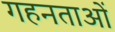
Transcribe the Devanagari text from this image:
गहनताओं